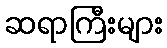
ဆရာကြီးများ